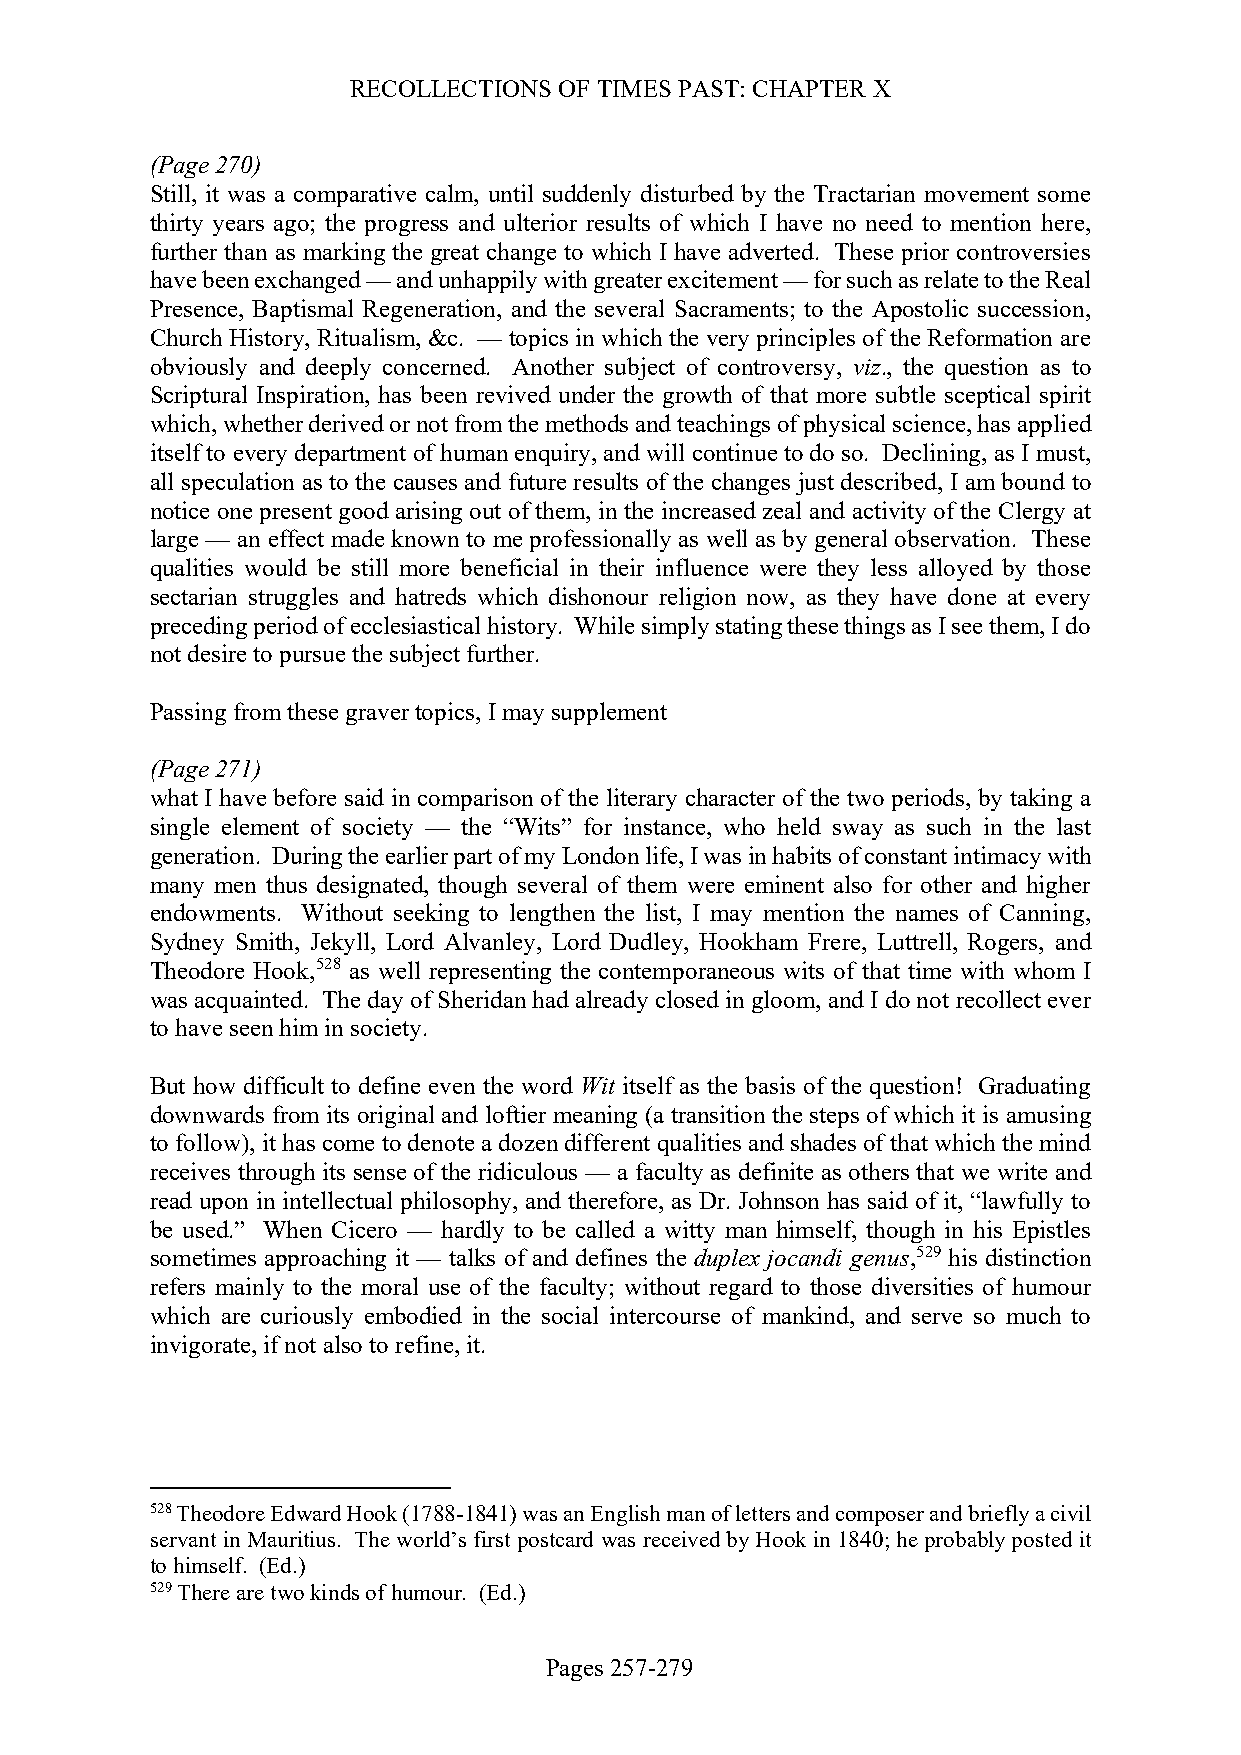
RECOLLECTIONS OF TIMES PAST: CHAPTER X
 (Page 270)
 Still, it was a comparative calm, until suddenly disturbed by the Tractarian movement some
 thirty years ago; the progress and ulterior results of which I have no need to mention here,
 further than as marking the great change to which I have adverted. These prior controversies
 have been exchanged — and unhappily with greater excitement — for such as relate to the Real
 Presence, Baptismal Regeneration, and the several Sacraments; to the Apostolic succession,
 Church History, Ritualism, &c. — topics in which the very principles of the Reformation are
 obviously and deeply concerned. Another subject of controversy, viz., the question as to
 Scriptural Inspiration, has been revived under the growth of that more subtle sceptical spirit
 which, whether derived or not from the methods and teachings of physical science, has applied
 itself to every department of human enquiry, and will continue to do so. Declining, as I must,
 all speculation as to the causes and future results of the changes just described, I am bound to
 notice one present good arising out of them, in the increased zeal and activity of the Clergy at
 large — an effect made known to me professionally as well as by general observation. These
 qualities would be still more beneficial in their influence were they less alloyed by those
 sectarian struggles and hatreds which dishonour religion now, as they have done at every
 preceding period of ecclesiastical history. While simply stating these things as I see them, I do
 not desire to pursue the subject further.
 Passing from these graver topics, I may supplement
 (Page 271)
 what I have before said in comparison of the literary character of the two periods, by taking a
 single element of society — the “Wits” for instance, who held sway as such in the last
 generation. During the earlier part of my London life, I was in habits of constant intimacy with
 many men thus designated, though several of them were eminent also for other and higher
 endowments. Without seeking to lengthen the list, I may mention the names of Canning,
 Sydney Smith, Jekyll, Lord Alvanley, Lord Dudley, Hookham Frere, Luttrell, Rogers, and
 Theodore Hook,528 as well representing the contemporaneous wits of that time with whom I
 was acquainted. The day of Sheridan had already closed in gloom, and I do not recollect ever
 to have seen him in society.
 But how difficult to define even the word Wit itself as the basis of the question! Graduating
 downwards from its original and loftier meaning (a transition the steps of which it is amusing
 to follow), it has come to denote a dozen different qualities and shades of that which the mind
 receives through its sense of the ridiculous — a faculty as definite as others that we write and
 read upon in intellectual philosophy, and therefore, as Dr. Johnson has said of it, “lawfully to
 be used.” When Cicero — hardly to be called a witty man himself, though in his Epistles
 sometimes approaching it — talks of and defines the duplex jocandi genus,529 his distinction
 refers mainly to the moral use of the faculty; without regard to those diversities of humour
 which are curiously embodied in the social intercourse of mankind, and serve so much to
 invigorate, if not also to refine, it.
 528 Theodore Edward Hook (1788-1841) was an English man of letters and composer and briefly a civil
 servant in Mauritius. The world’s first postcard was received by Hook in 1840; he probably posted it
 to himself. (Ed.)
 529 There are two kinds of humour. (Ed.)
 Pages 257-279